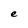
Character: e